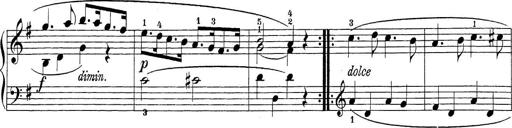
Title: Sonatina Album
Composer: Louis KÃ¶hler